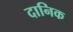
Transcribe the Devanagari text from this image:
दानिक